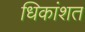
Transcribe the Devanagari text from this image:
धिकांशत